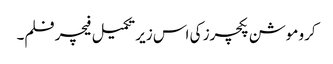
کرو موشن پکچرز کی اس زیر تکمیل فیچر فلم۔